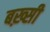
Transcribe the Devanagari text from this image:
बख़्सी